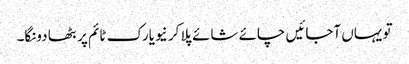
تو یہاں آجائیں چائے شائے پلا کر نیویارک ٹائم پر بٹھا دونگا۔